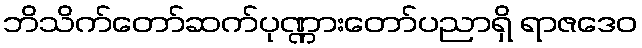
ဘိသိက်တော်ဆက်ပုဏ္ဏားတော်ပညာရှိ ရာဇဒေဝ